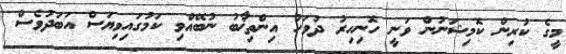
މީގެ ކުރިން ކޮމިޝަނުން ވަނީ ހޮނިހިރު ދުވަހު އިންތިޚާބު ނުބޭއްވި ކަމުގައިވިޔަސް އަބަދުވެސް